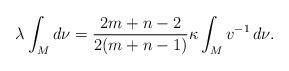
LaTeX: \begin{align*} \lambda\int_M d\nu = \frac{2m+n-2}{2(m+n-1)}\kappa\int_M v^{-1}\,d\nu . \end{align*}